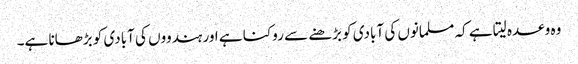
وہ وعدہ لیتا ہے کہ مسلمانوں کی آبادی کو بڑھنے سے روکنا ہے اور ہندووں کی آبادی کو بڑھانا ہے۔